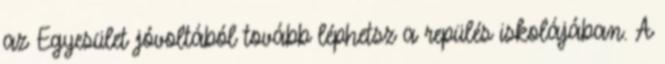
az Egyesület jóvoltából tovább léphetsz a repülés iskolájában. A